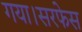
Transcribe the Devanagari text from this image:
गया।सरफेस